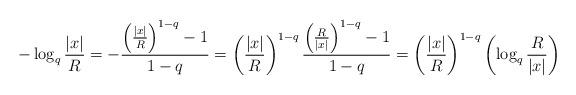
LaTeX: \begin{align*}-\log_{q}\frac{|x|}{R}=-\frac{\left(\frac{|x|}{R}\right)^{1-q}-1}{1-q}=\left(\frac{|x|}{R}\right)^{1-q}\frac{\left(\frac{R}{|x|}\right)^{1-q}-1}{1-q}=\left(\frac{|x|}{R}\right)^{1-q}\left(\log_{q}\frac{R}{|x|}\right)\end{align*}